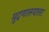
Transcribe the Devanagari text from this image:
मुद्रणालयाला